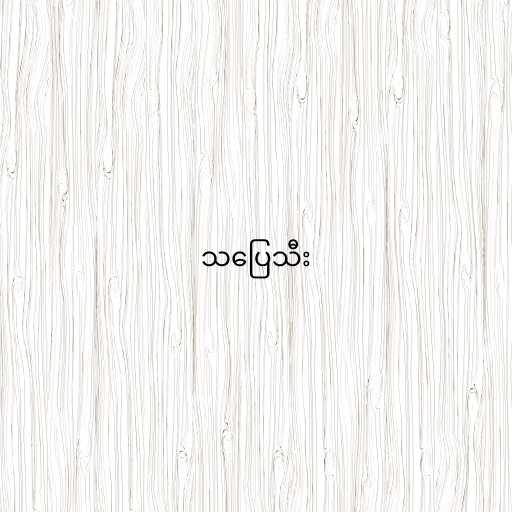
သပြေသီး